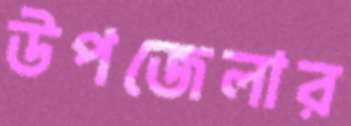
উপজেলার